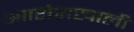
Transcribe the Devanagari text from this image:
आारोपाखाली